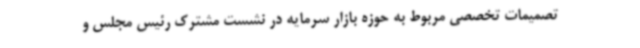
تصمیمات تخصصی مربوط به حوزه بازار سرمایه در نشست مشترک رئیس مجلس و